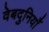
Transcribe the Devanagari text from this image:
वेबदुनियाँ